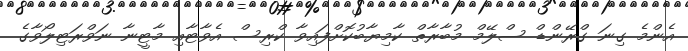
އެންމެ ގިނަ ގްރޭންޑް ސްލޭމް މުބާރާތް ކާމިޔާބުކޮށްފައިވާ ކްރިސް އެވާޓާއި މާޓީނާ ނަވްރަޓިލޯވާގެ